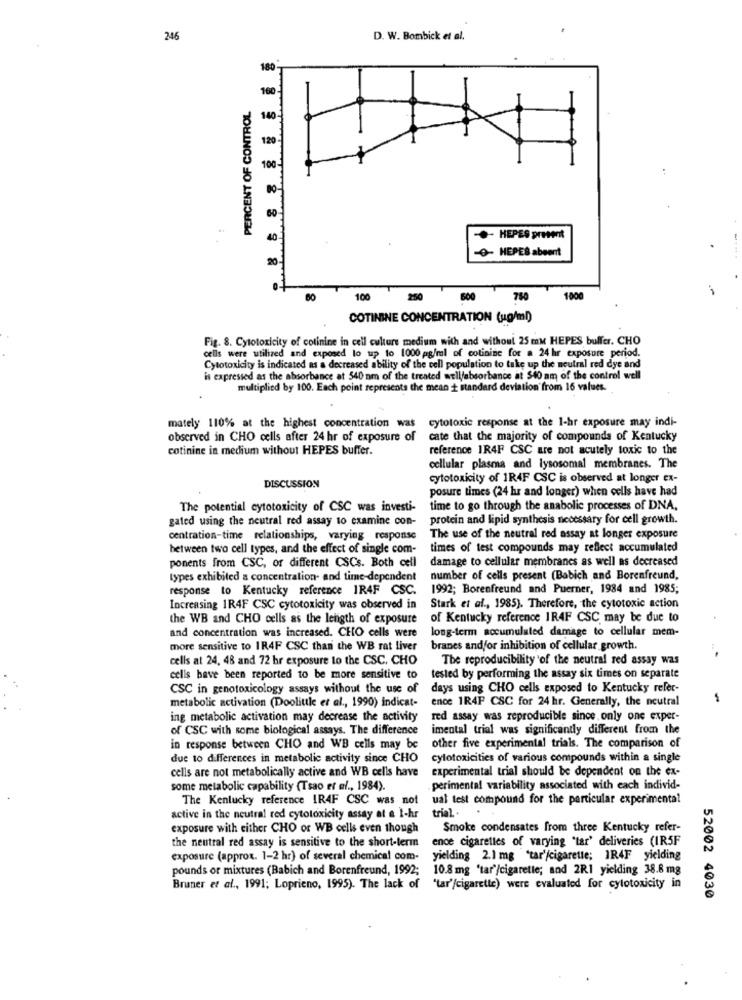
246
D. W. Bombick et al.
180
100
PERCENT OF CONTROL
120
- HEPES present
- HEPES abeent
100
250
750
1000
COTININE CONCENTRATION (ug/ml)
Fig. 8. Cytotoxicity of cotinine in cell culture medium with and without 25 mM HEPES buffer. CHO
cells were utilized and exposed lo up to 1000 pg/ml of cotinine for a 24 hr exposure period.
Cytotoxicity is indicated as a decreased ability of the cell population to take up the neutral red dye and
is expressed as the absorbance at 540 nm of the treated well/absorbance at $40 am of the control well
multiplied by 100. Each point represents the mean + standard deviation from 16 values.
mately 110% at the highest concentration was cytotoxic response at the 1-hr exposure may indi-
observed in CHO cells after 24 hr of exposure of
cate that the majority of compounds of Kentucky
cotinine in medium without HEPES buffer.
reference IR4F CSC are not acutely toxic to the
cellular plasma and lysosomal membranes. The
cytotoxicity of 1R4F CSC is observed at longer ex-
DISCUSSION
posure times (24 hr and longer) when cells have had
The potential cytotoxicity of CSC was investi-
time to go through the anabolic processes of DNA,
gated using the neutral red assay to examine con-
protein and lipid synthesis necessary for cell growth.
centration-time relationships, varying response
The use of the neutral red assay at longer exposure
between two cell types, and the effect of single com-
times of test compounds may reflect accumulated
ponents from CSC, or different CSCs. Both cell
damage to cellular membranes as well as decreased
types exhibited a concentration- and time-dependent
number of cells present (Babich and Borenfreund,
response to Kentucky reference IR4F CSC.
1992; Borenfreund and Puerner, 1984 and 1985;
Increasing 1R4F CSC cytotoxicity was observed in
Stark et al ., 1985). Therefore, the cytotoxic action
the WB and CHO cells as the length of exposure
of Kentucky reference IR4F CSC may be due to
long-term accumulated damage to cellular mem-
and concentration was increased. CHO cells were
more sensitive to IR4F CSC than the WB rat liver
branes andfor inhibition of cellular growth.
cells at 24, 48 and 72 hr exposure to the CSC. CHO
The reproducibility of the neutral red assay was
cells bave been reported to be more sensitive to
tested by performing the assay six times on separate
CSC in genotoxicology assays without the use of
days using CHO cells exposed to Kentucky refer-
metabolic activation (Doolittle et al ., 1990) indicat-
ence 1R4P CSC for 24 hr. Generally, the neutral
ing metabolic activation may decrease the activity
red assay was reproducible since, only one exper-
of CSC with some biological assays. The difference
imental trial was significantly different from the
in response between CHO and WB cells may be
other five experimental trials. The comparison of
due to differences in metabolic activity since CHO
cytotoxicities of various compounds within a single
cells are not metabolically active and WB cells have
experimental trial should be dependent on the ex-
some metabolic capability (Tsao et al ., 1984).
perimental variability associated with each individ-
The Kentucky reference IR4F CSC was not
ual test compound for the particular experimental
trial ..
active in the neutral red cytotoxicity assay at a 1-hr
exposure with either CHO or WB cells even though
Smoke condensates from three Kentucky refer-
the neutral red assay is sensitive to the short-term
ence cigarettes of varying "tar' deliveries (IR5F
exposure (approx. 1-2 hr) of several chemical com-
yielding 2.1 mg "tar'/cigarette; IR4F yielding
pounds or mixtures (Babich and Borenfreund, 1992;
10.8 mg 'tar'/cigarette; and 2R1 yielding 38.8 mg
Bruner et al ., 1991; Loprieno, 1995). The lack of "tar'/cigarette) were evaluated for cytotoxicity in
52002 4030